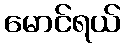
မောင်ရယ်